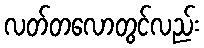
လတ်တလောတွင်လည်း